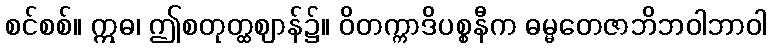
စင်စစ်။ ဣဓ၊ ဤစတုတ္ထဈာန်၌။ ဝိတက္ကာဒိပစ္စနီက ဓမ္မတေဇာဘိဘဝါဘာဝါ